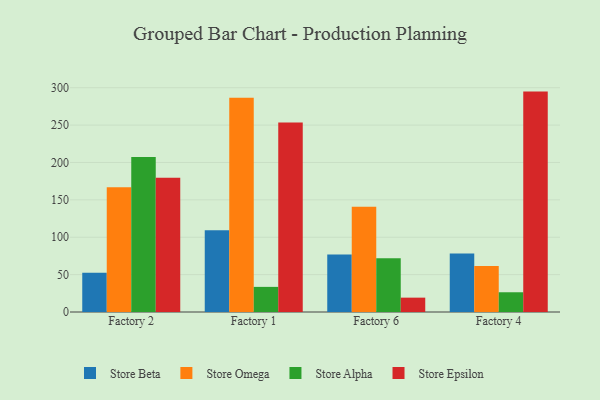
{"axis": {"x": "Factory", "y": "Backlog"}, "legend": ["Store Alpha", "Store Beta", "Store Epsilon", "Store Omega"], "data": [{"x": "Factory 2", "y": 52.5, "type": "Store Beta"}, {"x": "Factory 2", "y": 166.7, "type": "Store Omega"}, {"x": "Factory 2", "y": 207.3, "type": "Store Alpha"}, {"x": "Factory 2", "y": 179.6, "type": "Store Epsilon"}, {"x": "Factory 1", "y": 109.3, "type": "Store Beta"}, {"x": "Factory 1", "y": 286.6, "type": "Store Omega"}, {"x": "Factory 1", "y": 33.6, "type": "Store Alpha"}, {"x": "Factory 1", "y": 253.6, "type": "Store Epsilon"}, {"x": "Factory 6", "y": 77.0, "type": "Store Beta"}, {"x": "Factory 6", "y": 140.7, "type": "Store Omega"}, {"x": "Factory 6", "y": 71.9, "type": "Store Alpha"}, {"x": "Factory 6", "y": 19.2, "type": "Store Epsilon"}, {"x": "Factory 4", "y": 78.4, "type": "Store Beta"}, {"x": "Factory 4", "y": 61.6, "type": "Store Omega"}, {"x": "Factory 4", "y": 26.4, "type": "Store Alpha"}, {"x": "Factory 4", "y": 294.8, "type": "Store Epsilon"}]}